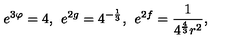
e ^ { 3 \varphi } = 4 , \: \: e ^ { 2 g } = 4 ^ { - \frac { 1 } { 3 } } , \: \: e ^ { 2 f } = \frac { 1 } { 4 ^ { \frac { 4 } { 3 } } r ^ { 2 } } ,